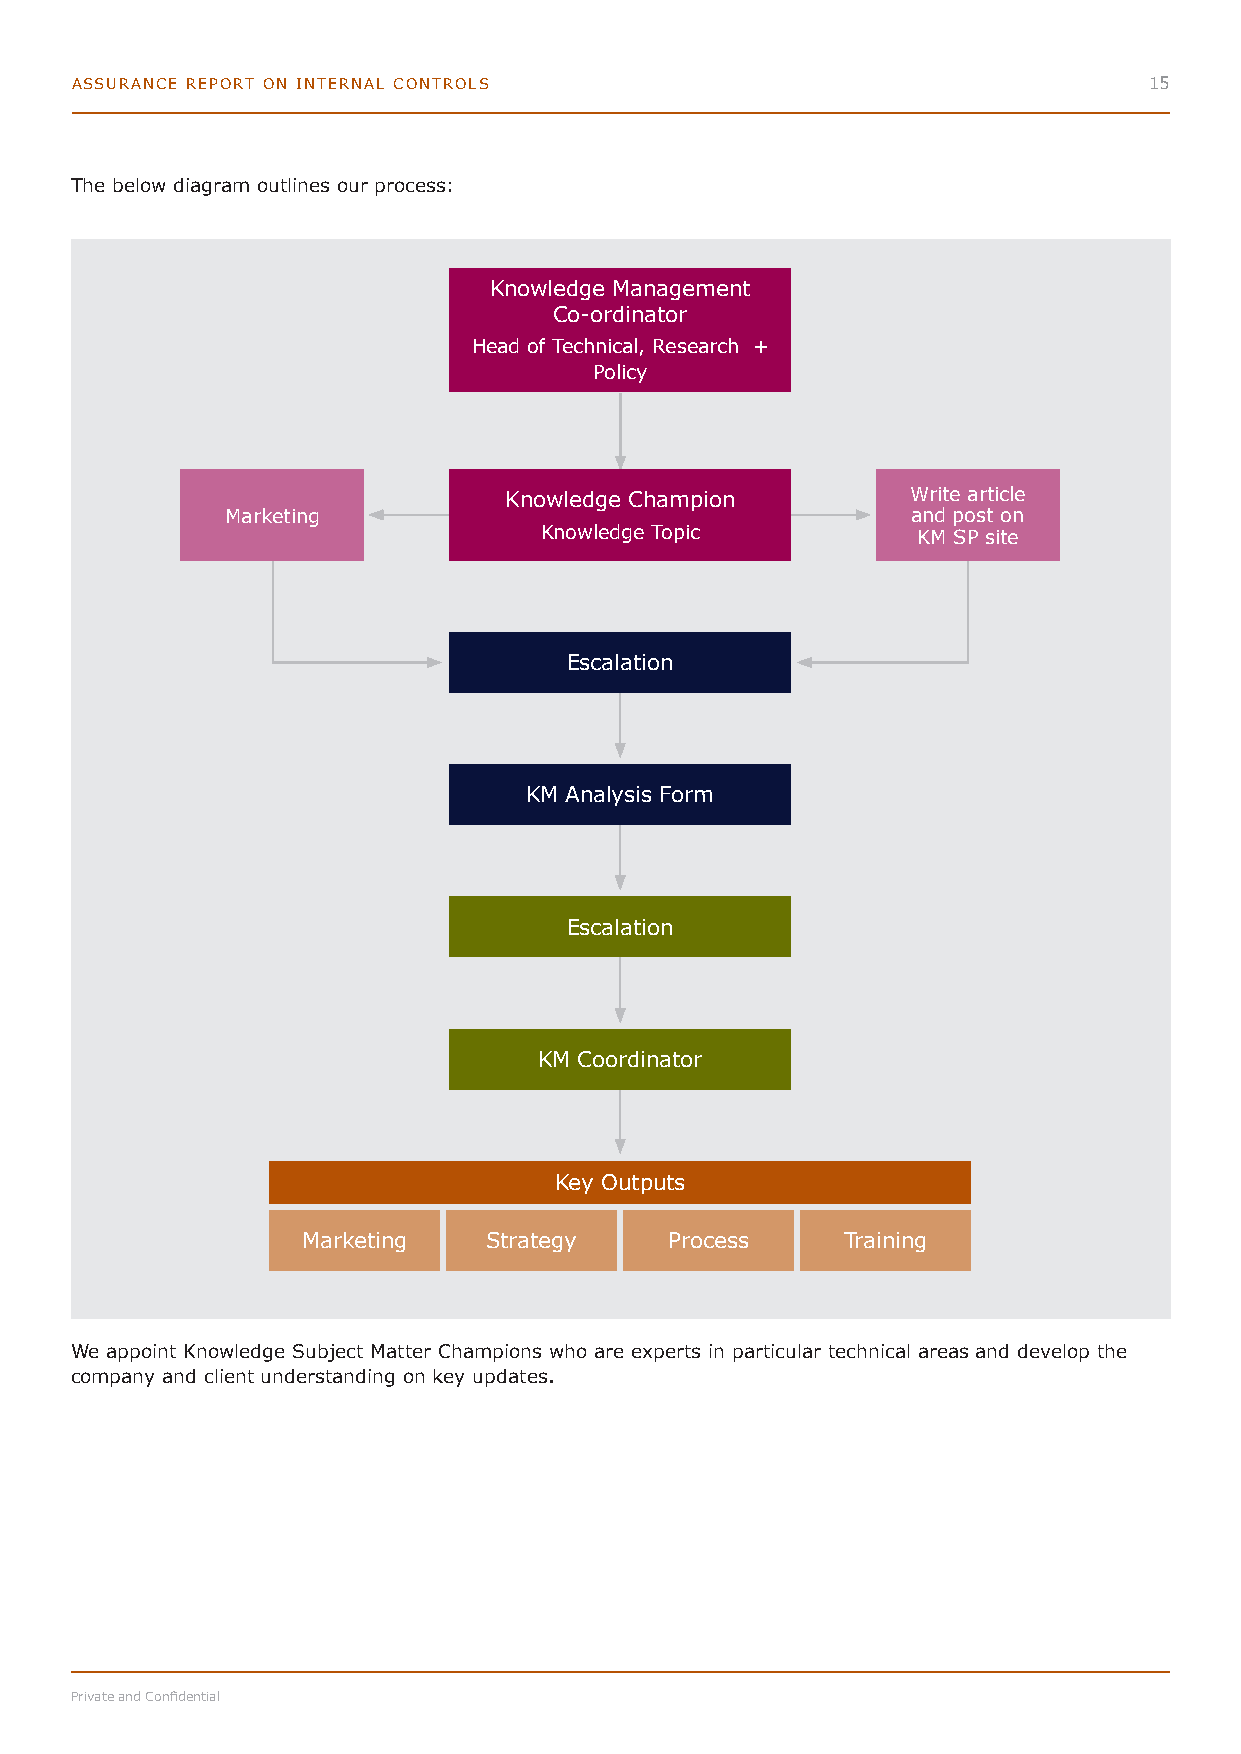
ASSURANCE REPORT ON INTERNAL CONTROLS                                  15
 The below diagram outlines our process:
 Knowledge Management
 Co-ordinator
 Head of Technical, Research +
 Policy
 Knowledge Champion         Write article
 Marketing                                    and post on
 Knowledge Topic          KM SP site
 Escalation
 KM Analysis Form
 Escalation
 KM Coordinator
 Key Outputs
 Marketing   Strategy    Process     Training
 We appoint Knowledge Subject Matter Champions who are experts in particular technical areas and develop the
 company and client understanding on key updates.
 Private and Confidential